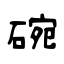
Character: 碗